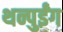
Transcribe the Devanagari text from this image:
थन्पुईंग